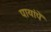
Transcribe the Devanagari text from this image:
पायांपें